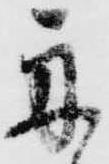
舟